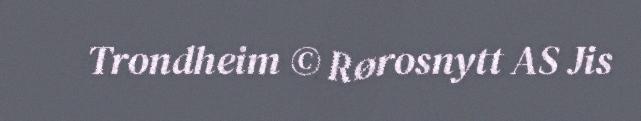
Trondheim © Rørosnytt AS Jis